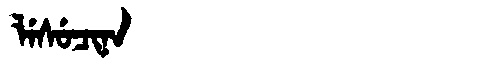
Manchu: ᠯᡝᠰᡠᠴᡳᠨᠠ
Romanization: LESUCINA